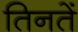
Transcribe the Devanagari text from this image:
तिनतें